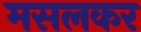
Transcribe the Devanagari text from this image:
मसलकर